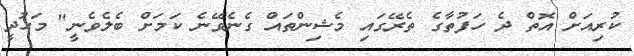
ކުރިއަށް އޮތް ދެ ހަފުތާގެ ތެރޭގައި މެޝިންތައް ގެނެވޭނެ ކަމަށް ބެލެވެނީ" މަހުދީ